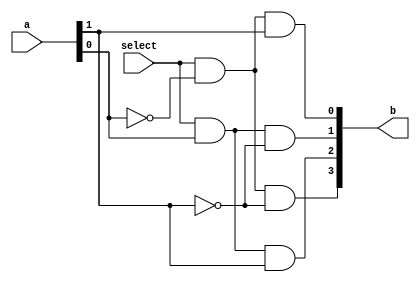
module Decoder_2x4(a, select, b
    );
	 
input [1:0] a;
input select;

output [3:0] b;

wire [1:0] a;
wire [3:0] b;

assign b[0]= select & ~a[0] & a[1]; //or it can be written as and(b[0], select, ~a[0], a[1]);
assign b[1]= select & a[0] & ~a[1];
assign b[2]= select & a[0] & a[1];
assign b[3]= select & ~a[0] & ~a[1];

endmodule